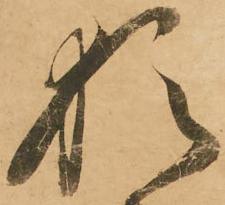
猶